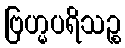
ဗြဟ္မပရိသဉ္စ